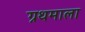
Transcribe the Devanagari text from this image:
ग्रथमाला